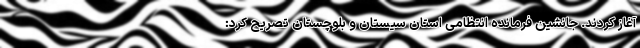
آغاز کردند. جانشین فرمانده انتظامی استان سیستان و بلوچستان تصریح کرد: